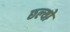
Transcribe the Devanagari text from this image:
छल्‍यो